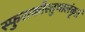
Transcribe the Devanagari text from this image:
स्फुरत्कौस्तुभालंकृतं